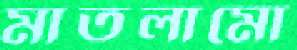
মাতলামো